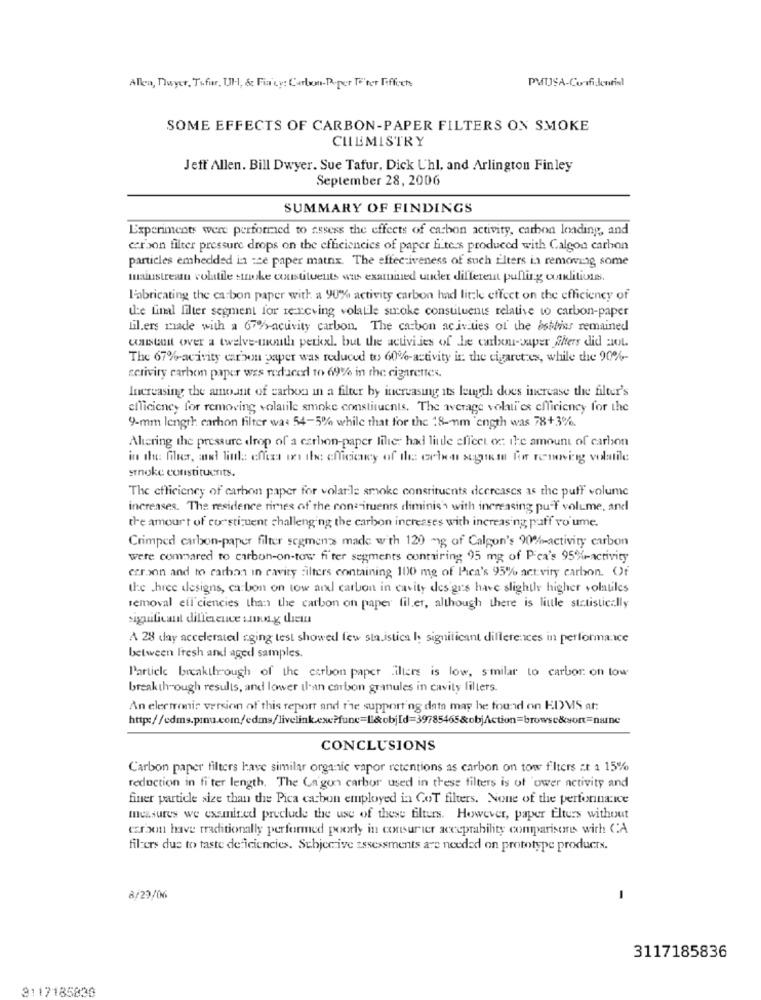
Allen, Dwyer, Tofur, Ul ., & Fin'ey: Carlos-Poper Te'ter Fiffoch
SOME EFFECTS OF CARBON-PAPER FILTERS ON SMOKE
CHEMISTRY
Jeft Allen. Bill Dwyer. Sue Tafur, Dick Uhl, and Arlington Finley
September 28, 2006
SUMMARY OF FINDINGS
Experiments were performed to assess the effects of carbon activity, carbon loading, and
carbon filter pressure drops on the efficiencies of paper filters produced with Calgon carbon
particles embedded in :ce paper matnx. The effectiveness of such Elters in removing some
mainstream volatile smoke constituents wus examined under different pulling outklitions.
l'abricating the ca bon paper with a 90% activity carbon had little effect on the efficiency of
the final filter segment for re-rcving volatile stroke constituents relative to carbon-paper
tillers made with a 67%-activity carbon. The carbon activities of the besthas remained
constant over a twelve-unth perkxl. but the activities of le carni-saper filters did :IL.
The 67%-acivity carbon paper was reduced to 60%-activity is the cigaret es, while the 90%-
scriviry carbon paper wes reduceel 10 69% in the cigarettes.
Increasing the amount of carbon in a filter by increasing its length does increase the filter's
efficiency for removing volatile smoke constituents. The average volati'es efficiency for the
9-mm length carhon filter was 54-5% while that for the 18-nm "ength was 78+3%.
Altering the pressure drop of a carbon-paper lilie: had little effect of the amount of carbon
in dh: filer, and little effixa on the efficiency of the colon sagtkem for removing volatile
srnoke constituents.
The efficiency of carbon paper for volarile smoke constituents decreases as the puff volume
increases. The residence rimes of the consituents diminis's with increasing puff volume, and
the amour t of constituent challenging the carbon increases with increasing paff vo ume.
Crimped carbon-paper filter segment made with 120 mg of Calgon's 90%-activity carbon
were compared to carbon-on-tow fi ter segments contairing 95 mg of Pca's 95%-activity
erroon and to carhan in cavity filters containing 100 mg of Pica's 95% act viry carbon. Of
the .hree designs, carbon on tow arl carbon in cavity des grs have slightly higher volatiles
removal ell'ciencies than the carbon on paper fil.er, although there is little statistically
sigaulicant difference samong them
A 28 day accelerated sging test showed few sta.istica h significant differences in performance
between Fresh and aged samples.
Particle breakthrough of the cerbon paper filters is low, similar to carbor on low
breakthrough results, and lower il-an carbon granules in cavity filters.
An electronic version of this report and the supporting data may he found on EDMS at:
http://cdms.pmu.com/edms/livelink.exe?func=[&obj[d=39785465&objAction=browsc&sort=narne
CONCLUSIONS
Carbon paper filters have similar organic vapor retentions as carbon on tow filters zt a 15%
reduction in fi ter length. The Ca'gon carbor used in these filters is of 'ower activity and
finer particle size than the Pica carbon employed in CoT filters. None of the performance
measures we examined preclude the use of these filters. However, paper filters without
carbon have traditionally performed poorly in consurier acceptability comparisons with CA
fil ers due to taste deficiencies. Schjer ive assessments are needed on prototype products.
8/29/06
-
3117185836
3117185830